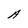
Character: A